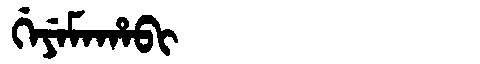
Manchu: ᡤᡝᠶᡝᠮᠠᡥᠠᠪᡳ
Romanization: GEYEMAHABI